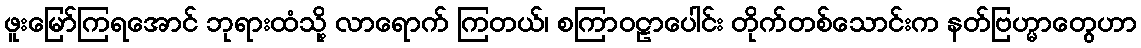
ဖူးမြော်ကြရအောင် ဘုရားထံသို့ လာရောက် ကြတယ်၊ စကြာဝဠာပေါင်း တိုက်တစ်သောင်းက နတ်ဗြဟ္မာတွေဟာ